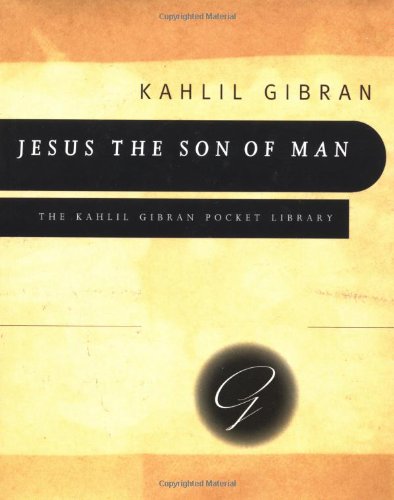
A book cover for Jesus The Son Of Man (Kahlil Gibran Pocket Library); Kahlil Gibran; Christian Books & Bibles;